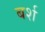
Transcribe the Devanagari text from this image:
बर्श